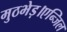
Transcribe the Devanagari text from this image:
मुठभेड़।एन्जिल